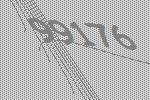
99176